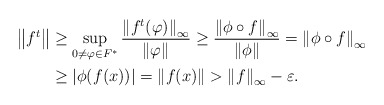
\begin{align*}\left\|f^t\right\|&\geq\sup_{0\neq\varphi\in F^*}\frac{\left\|f^t(\varphi)\right\|_\infty}{\left\|\varphi\right\|}\geq\frac{\left\|\phi\circ f\right\|_\infty}{\left\|\phi\right\|}=\left\|\phi\circ f\right\|_\infty\\&\geq \left|\phi(f(x))\right|=\left\|f(x)\right\|>\left\|f\right\|_\infty-\varepsilon .\end{align*}